Civil Veterinary Department. Madras. Admin. report 1910-25 - 1910-1925
Year: 1910
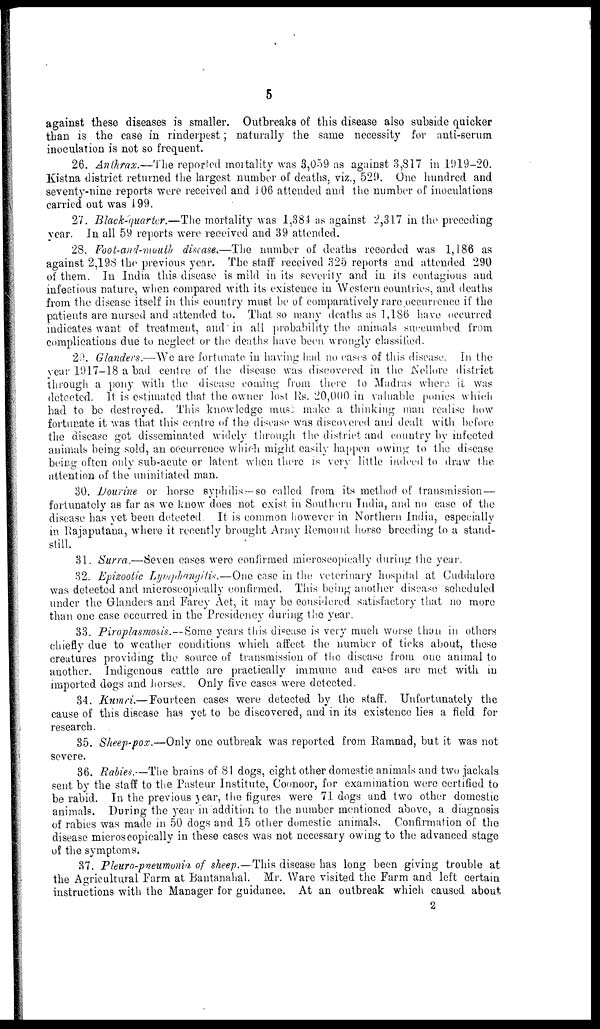
5
against these diseases is smaller. Outbreaks of this disease also subside quicker
than is the case in rinderpest; naturally the same necessity for anti-serum
inoculation is not so frequent.
26. Anthrax.—The reported mortality was 3,059 as against 3,817 in 1919-20.
Kistna district returned the largest number of deaths, viz., 529. One hundred and
seventy-nine reports were received and J 06 attended and the number of inoculations
carried out was 199.
27. Black-quarter.—The mortality was 1,384 as against 2,317 in the preceding
year. In all 59 reports were received and 39 attended.
28. Foot-and-mouth disease.—The number of deaths recorded was 1,186 as
against 2,198 the previous year. The staff received 325 reports and attended 290
of them. In India this disease is mild in its severity and in its contagious and
infectious nature, when compared with its existence in Western countries, and deaths
from the disease itself in this country must be of comparatively rare occurrence if the
patients are nursed and attended to. That so many deaths as 1,186 have occurred
indicates want of treatment, and in all probability the animals succumbed from
complications due to neglect or the deaths have been wrongly classified.
29. Glanders.—We are fortunate in having had no cases of this disease. In the
year 1917-18 a bad centre of the disease was discovered in the Nellore district
through a pony with the disease coming from there to Madras where it was
detected. It is estimated that the owner lost Rs. 20,000 in valuable ponies which
had to be destroyed. This knowledge muse make a thinking man realise how
fortunate it was that this centre of the disease was discovered and dealt with before
the disease got disseminated widely through the district and country by infected
animals being sold, an occurrence which might easily happen owing to the disease
being often only sub-acute or latent when there is very little indeed to draw the
attention of the uninitiated man.
30. Dourine or horse syphilis—so called from its method of transmission—
fortunately as far as we know does not exist in Southern India, and no case of the
disease has yet been detected. It is common however in Northern India, especially
in Rajaputana, where it recently brought Army Remount horse breeding to a stand-
still.
31. Surra.—Seven cases were confirmed microscopically during the year.
32. Epizootic Lymphangitis.—One case in the veterinary hospital at Cuddalore
was detected and microscopically confirmed. This being another disease scheduled
under the Glanders and Farcy Act, it may be considered satisfactory that no more
than one case occurred in the Presidency during the year.
33. Piroplasmosis.—Some years this disease is very much worse than in others
chiefly due to weather conditions which affect the number of ticks about, these
creatures providing the source of transmission of the disease from one animal to
another. Indigenous cattle are practically immune and cases are met with in
imported dogs and horses. Only five cases were detected.
34. Kumri—Fourteen cases were detected by the staff. Unfortunately the
cause of this disease has yet to be discovered, and in its existence lies a field for
research.
35. Sheep-pox.—Only one outbreak was reported from Ramnad, but it was not
severe.
36. Rabies.—The brains of 81 dogs, eight other domestic animals and two jackals
sent by the staff to the Pasteur Institute, Coonoor, for examination were certified to
be rabid. In the previous year, the figures were 71 dogs and two other domestic
animals. During the year in addition to the number mentioned above, a diagnosis
of rabies was made in 50 dogs and 15 other domestic animals. Confirmation of the
disease microscopically in these cases was not necessary owing to the advanced stage
of the symptoms.
37. Pleuro-pneumonia of sheep.—This disease has long been giving trouble at
the Agricultural Farm at Bantanahal. Mr. Ware visited the Farm and left certain
instructions with the Manager for guidance. At an outbreak which caused about
2